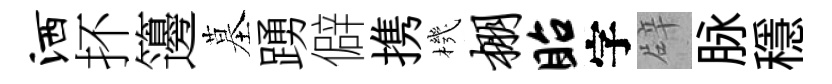
洒抔籩墓踴僻携機棚眙字辟脉穩